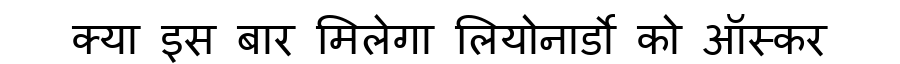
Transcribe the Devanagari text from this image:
क्या इस बार मिलेगा लियोनार्डो को ऑस्कर